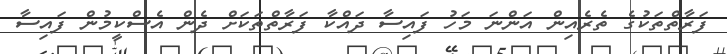
ފަރާތްތަކުގެ ތެރެއިން އަންނަ މަހު ފައިސާ ދައްކާ ފަރާތްތަކަށް ދެން އެސްކީމުން ފައިސާ